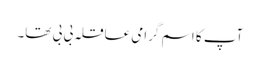
آپ کا اسم گرامی عاقلہ بی بی تھا۔